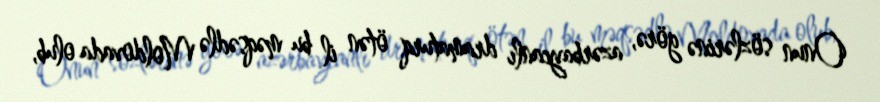
Onun sözlərinə görə, azərbaycanlı dramaturq ötən il bu məqsədlə Moldovada olub,